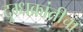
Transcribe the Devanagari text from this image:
दुग्धक्रांतीचा